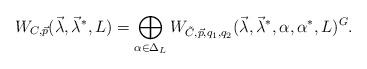
LaTeX: \begin{align*}W_{C, \vec{p}}(\vec{\lambda}, \vec{\lambda}^*, L) = \bigoplus_{\alpha \in \Delta_L } W_{\tilde{C}, \vec{p}, q_1, q_2}(\vec{\lambda}, \vec{\lambda}^*, \alpha, \alpha^*, L)^G.\\\end{align*}